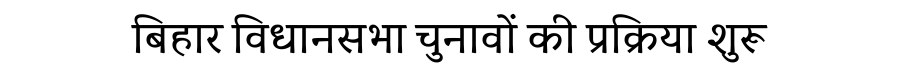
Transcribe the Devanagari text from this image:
बिहार विधानसभा चुनावों की प्रक्रिया शुरू